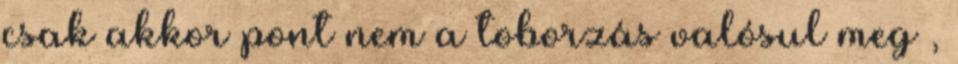
csak akkor pont nem a toborzás valósul meg ,